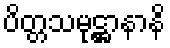
ပိတ္တသမုဋ္ဌာနာနိ